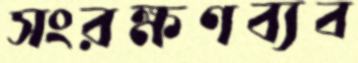
সংরক্ষণব্যব